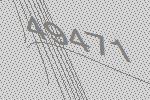
49471